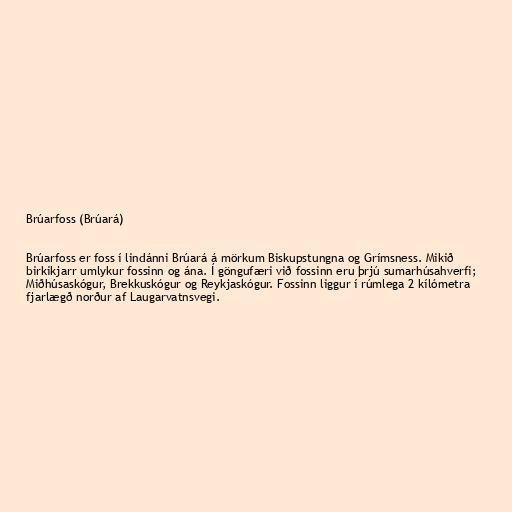
Brúarfoss (Brúará)

Brúarfoss er foss í lindánni Brúará á mörkum Biskupstungna og Grímsness. Mikið
birkikjarr umlykur fossinn og ána. Í göngufæri við fossinn eru þrjú sumarhúsahverfi;
Miðhúsaskógur, Brekkuskógur og Reykjaskógur. Fossinn liggur í rúmlega 2 kílómetra
fjarlægð norður af Laugarvatnsvegi.